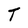
Character: T